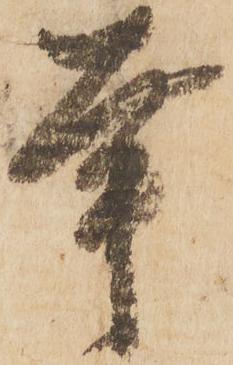
幸